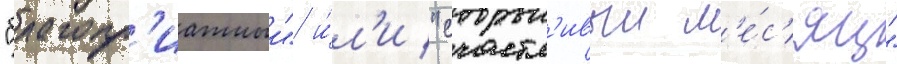
"благопр'иатныи" и́л'и "счастл'ивыи м'е́с'яц"